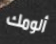
ألومك